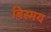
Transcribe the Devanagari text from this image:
बिस्मय